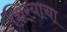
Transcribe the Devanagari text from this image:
शिर्‍याचा